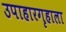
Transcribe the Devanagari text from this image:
उपाहारगृहाला